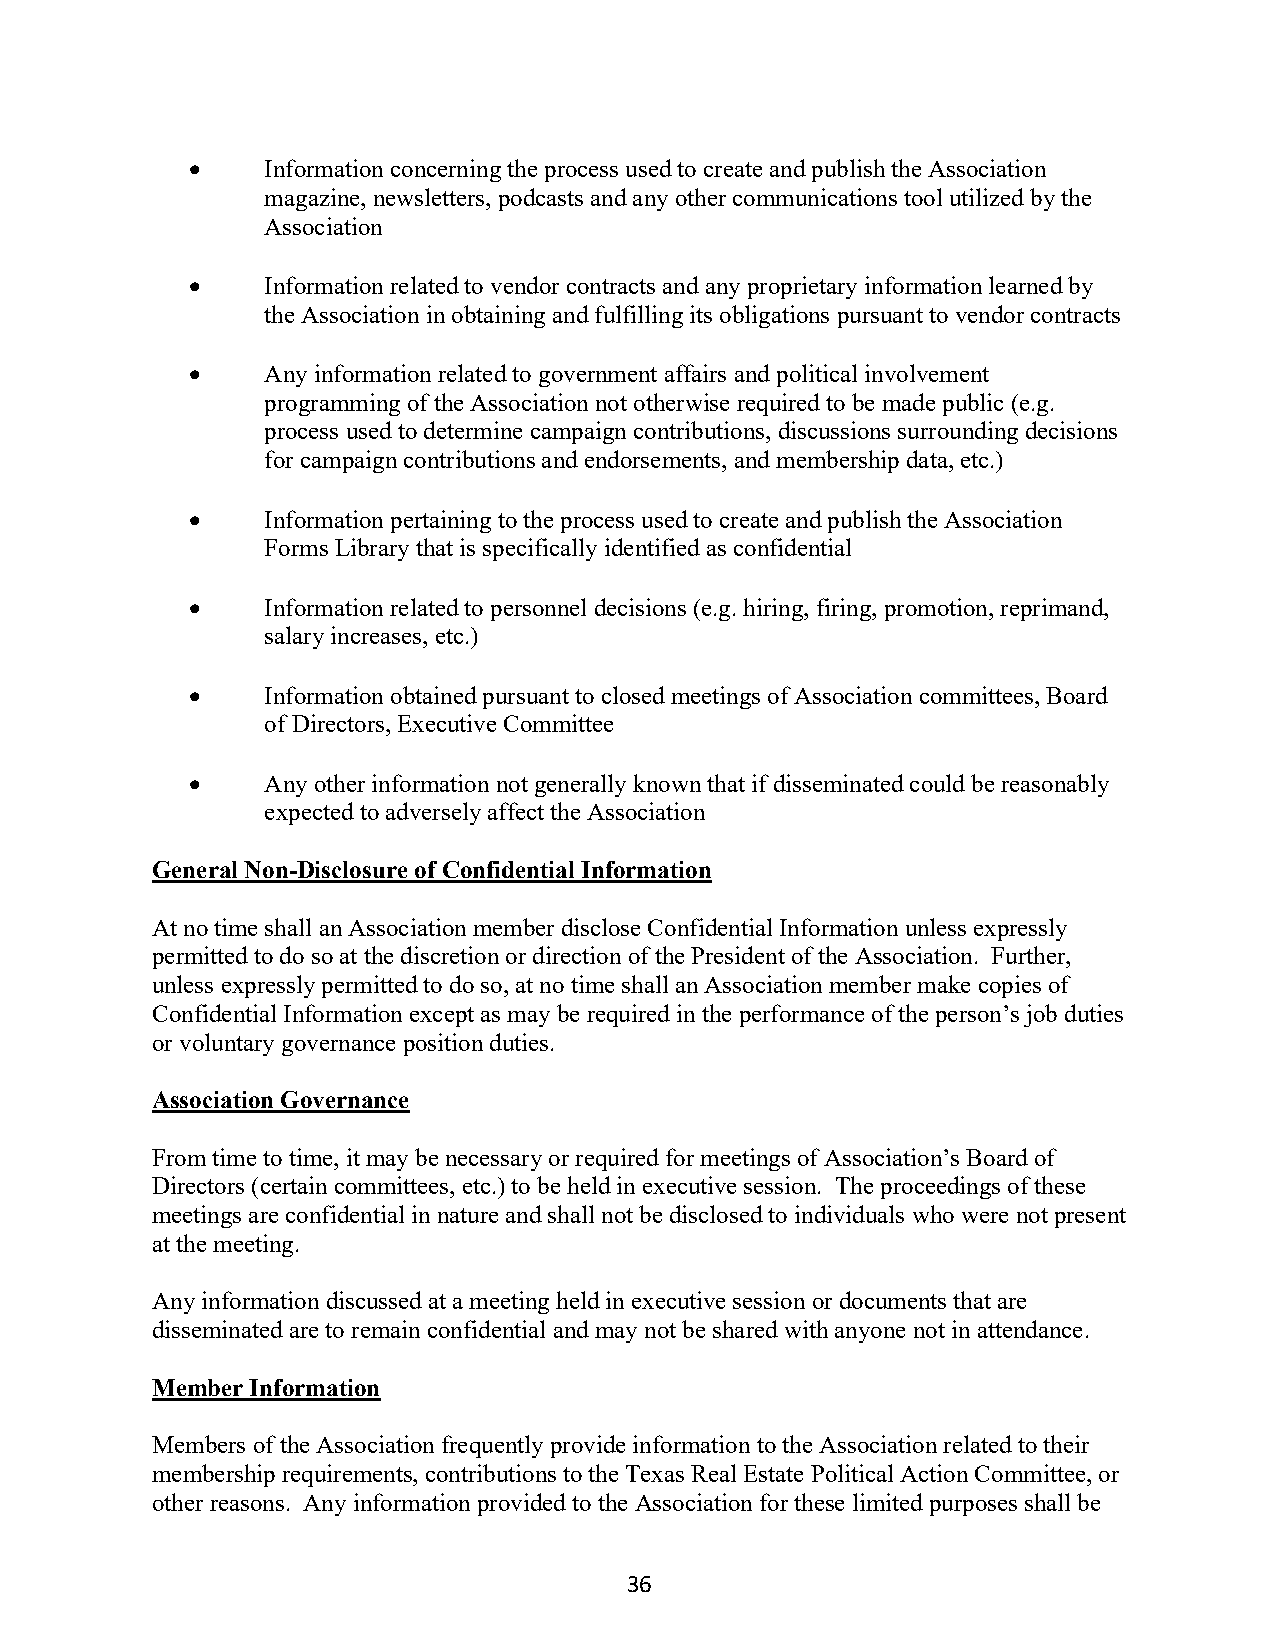
•    Information concerning the process used to create and publish the Association
 magazine, newsletters, podcasts and any other communications tool utilized by the
 Association
 •    Information related to vendor contracts and any proprietary information learned by
 the Association in obtaining and fulfilling its obligations pursuant to vendor contracts
 •    Any information related to government affairs and political involvement
 programming of the Association not otherwise required to be made public (e.g.
 process used to determine campaign contributions, discussions surrounding decisions
 for campaign contributions and endorsements, and membership data, etc.)
 •    Information pertaining to the process used to create and publish the Association
 Forms Library that is specifically identified as confidential
 •    Information related to personnel decisions (e.g. hiring, firing, promotion, reprimand,
 salary increases, etc.)
 •    Information obtained pursuant to closed meetings of Association committees, Board
 of Directors, Executive Committee
 •    Any other information not generally known that if disseminated could be reasonably
 expected to adversely affect the Association
 General Non-Disclosure of Confidential Information
 At no time shall an Association member disclose Confidential Information unless expressly
 permitted to do so at the discretion or direction of the President of the Association. Further,
 unless expressly permitted to do so, at no time shall an Association member make copies of
 Confidential Information except as may be required in the performance of the person’s job duties
 or voluntary governance position duties.
 Association Governance
 From time to time, it may be necessary or required for meetings of Association’s Board of
 Directors (certain committees, etc.) to be held in executive session. The proceedings of these
 meetings are confidential in nature and shall not be disclosed to individuals who were not present
 at the meeting.
 Any information discussed at a meeting held in executive session or documents that are
 disseminated are to remain confidential and may not be shared with anyone not in attendance.
 Member Information
 Members of the Association frequently provide information to the Association related to their
 membership requirements, contributions to the Texas Real Estate Political Action Committee, or
 other reasons. Any information provided to the Association for these limited purposes shall be
 36